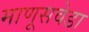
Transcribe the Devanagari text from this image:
माणूसवेडा